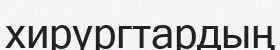
хирургтардың